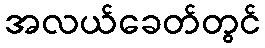
အလယ်ခေတ်တွင်